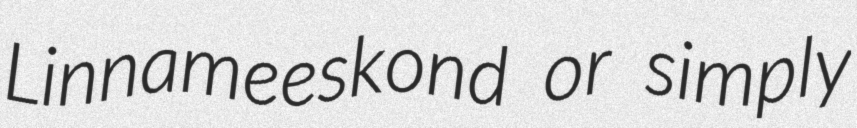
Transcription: Linnameeskond or simply